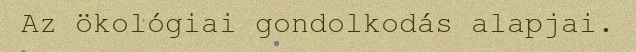
Az ökológiai gondolkodás alapjai.